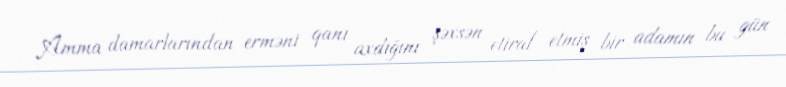
Amma damarlarından erməni qanı axdığını şəxsən etiraf etmiş bir adamın bu gün